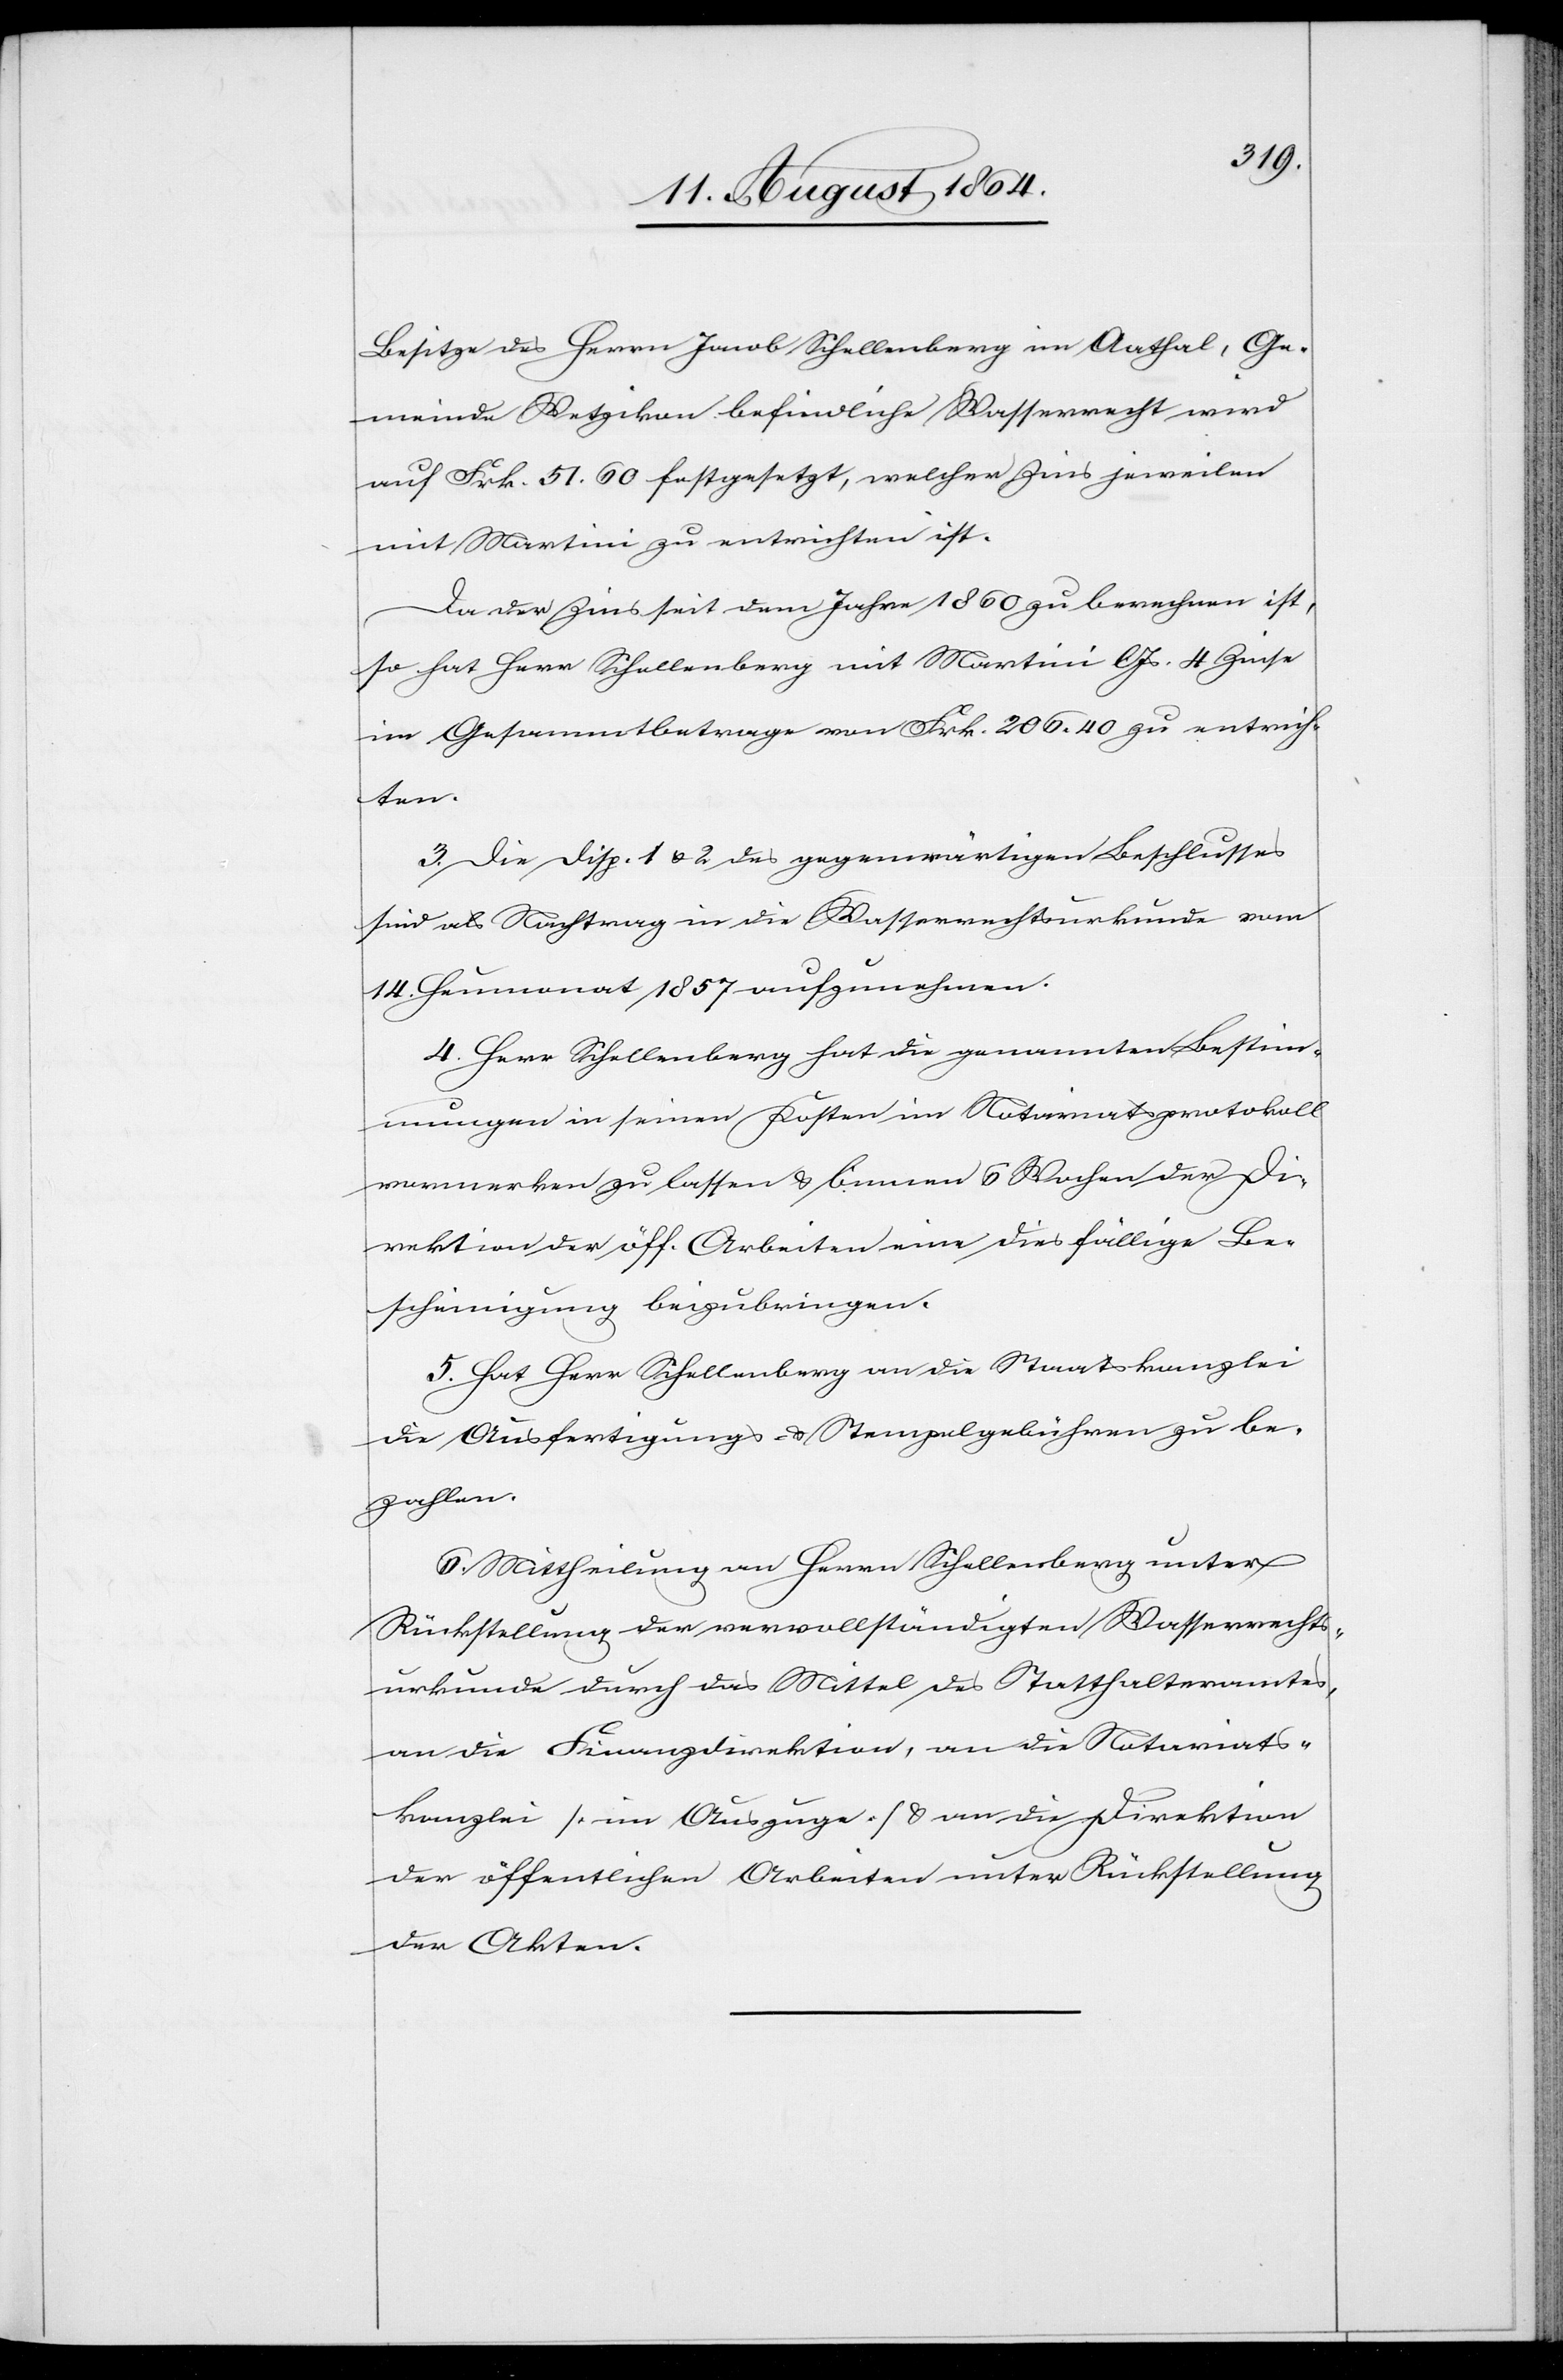
Besitze des Herrn Jacob Schellenberg im Aathal, Ge¬
meinde Wetzikon befindliche Wasserrecht wird
auf Frk. 51.60 festgesetzt, welcher Zins jeweilen
mit Martini zu entrichten ist.
Da der Zins seit dem Jahr 1860 zu berechnen ist,
so hat Herr Schellenberg mit Martini l. Js. 4 Zinse
im Gesammtbetrage von Frk. 206.40 zu entrich¬
ten.
3. Die Disp. 1 & 2 des gegenwärtigen Beschlusses
sind als Nachtrag in die Wasserrechtsurkunde vom
14. Heumonat 1857 aufzunehmen.
4. Herr Schellenberg hat die genannten Bestim¬
mungen in seinen Kosten in das Notariatsprotokoll
vormerken zu lassen & binnen 6 Wochen der Di¬
rektion der öff. Arbeiten eine diesfällige Be¬
scheinigung beizubringen.
5. Hat Herr Schellenberg an die Staatskanzlei
die Ausfertigungs- & Stempelgebühren zu be¬
zahlen.
6. Mittheilung an Herrn Schellenberg unter
Rückstellung der vervollständigten Wasserrechts¬
urkunde durch das Mittel des Statthalteramtes,
an die Finanzdirektion, an die Notariats¬
kanzlei [im Auszuge] & an die Direktion
der öffentlichen Arbeiten unter Rückstellung
der Akten.